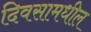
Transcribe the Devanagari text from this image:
दिवसामधील